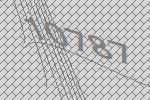
10787